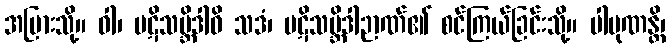
အပြားသို့။ ဝါ၊ ပဋိသမ္ဘိဒါဝိ သဒံ၊ ပဋိသမ္ဘိဒါဉာဏ်၏ စင်ကြယ်ခြင်းသို့။ ပါပုဏန္တိ၊